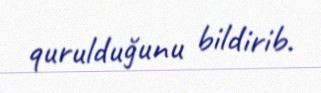
qurulduğunu bildirib.